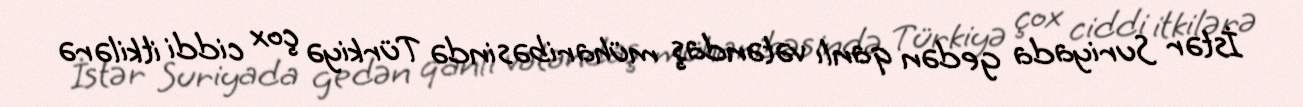
İstər Suriyada gedən qanlı vətəndaş müharibəsində Türkiyə çox ciddi itkilərə